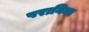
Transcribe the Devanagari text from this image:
परानिम्न